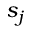
s _ { j }